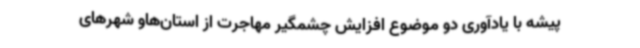
پیشه با یادآوری دو موضوع افزایش چشمگیر مهاجرت از استان‌هاو شهرهای